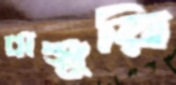
গ্রাঞ্জুরি